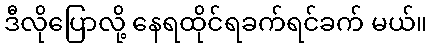
ဒီလိုပြောလို့ နေရထိုင်ရခက်ရင်ခက် မယ်။